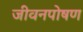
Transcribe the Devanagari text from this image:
जीवनपोषण